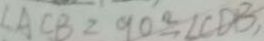
\angle A C B = 9 0 ^ { \circ } \angle C D B ,